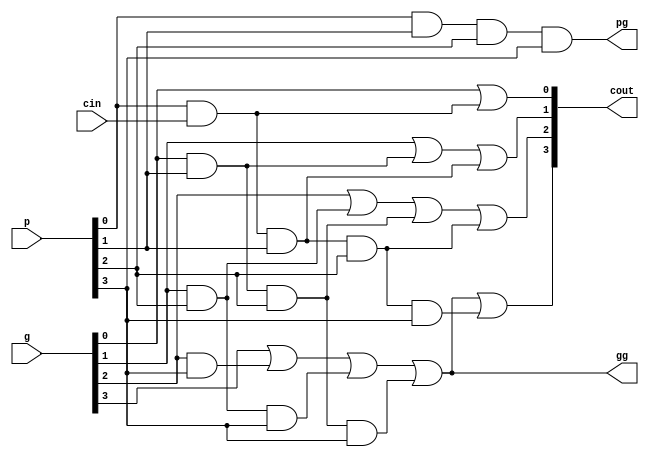
module cla_logic(pg, gg, cout, p, g, cin);

  input [3:0] p;
  input [3:0] g;
  input cin;
  output reg [3:0] cout;
  output reg pg;
  output reg gg;

  always @(*) begin
    cout[0] = g[0] | (p[0] & cin);
    cout[1] = g[1] | (g[0] & p[1]) | (cin & p[0] & p[1]);
    cout[2] = g[2] | (g[1] & p[2]) | (g[0] & p[1] & p[2]) |
              (cin & p[0] & p[1] & p[2]);
    cout[3] = g[3] | (g[2] & p[3]) | (g[1] & p[2] & p[3]) |
              (g[0] & p[1] & p[2] & p[3]) | (cin & p[0] & p[1] & p[2] & p[3]);
    pg = p[0] & p[1] & p[2] & p[3];
    gg = g[3] | (g[2] & p[3]) | (g[1] & p[2] & p[3]) |
              (g[0] & p[1] & p[2] & p[3]);
    // cg = gg | (pg & cin);
  end

endmodule